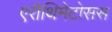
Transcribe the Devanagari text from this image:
एरीथिमेटोसस